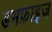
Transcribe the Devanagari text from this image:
डमफ्राइज